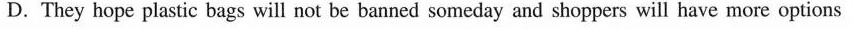
D. They hope plastic bags will not be banned someday and shoppers will have more options